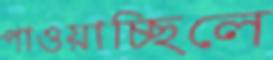
পাওয়াচ্ছিলে